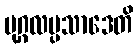
ပုဂ္ဂလပ္ပသာဒေတိ